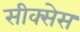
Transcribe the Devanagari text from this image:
सीक्सेस